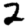
Digit: 2